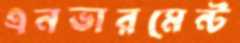
এনভারমেন্ট